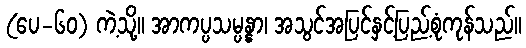
(ပေ-၆၀) ကဲ့သို့။ အာကပ္ပသမ္ပန္နာ၊ အသွင်အပြင်နှင့်ပြည့်စုံကုန်သည်။